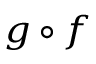
\scriptstyle g \, \circ \, f